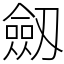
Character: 劔